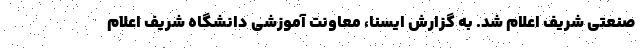
صنعتی شریف اعلام شد. به گزارش ایسنا، معاونت آموزشی دانشگاه شریف اعلام